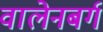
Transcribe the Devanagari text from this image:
वालेनबर्ग